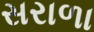
સરાળા